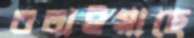
বলাইয়াছে